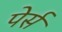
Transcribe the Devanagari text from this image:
पेर्स